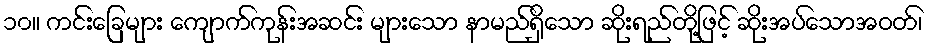
၁၀။ ကင်းခြေများ ကျောက်ကုန်းအဆင်း များသော နာမည်ရှိသော ဆိုးရည်တို့ဖြင့် ဆိုးအပ်သောအဝတ်၊